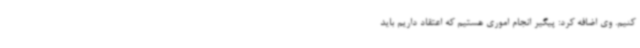
کنیم. وی اضافه‌ کرد: پیگیر انجام اموری هستیم که اعتقاد داریم باید